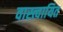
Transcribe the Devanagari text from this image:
वास्त्वायित